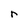
Character: r